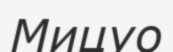
Мицуо